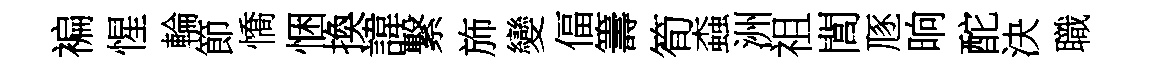
褊惺輪節憍悃換諱繋斾變偪籌筍螙洲祖閭豗晌酡決職